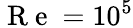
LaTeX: \mathrm{~R~e~}=10^{5}